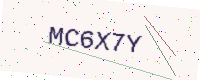
Text: MC6X7Y